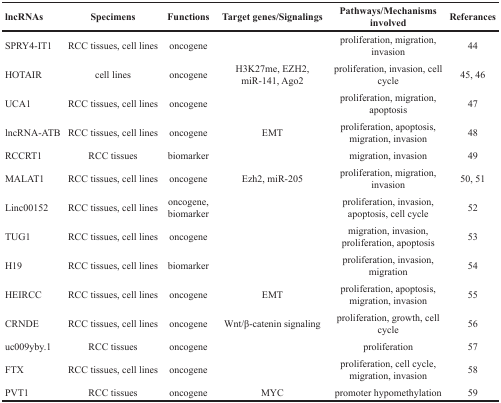
<table><thead><tr><td><b>lncRNAs</b></td><td><b>Specimens</b></td><td><b>Functions</b></td><td><b>Target genes/Signalings</b></td><td><b>Pathways/Mechanisms involved</b></td><td><b>Referances</b></td></tr></thead><tbody><tr><td>SPRY4-IT1</td><td>RCC tissues, cell lines</td><td>oncogene</td><td></td><td>proliferation, migration, invasion</td><td>44</td></tr><tr><td>HOTAIR</td><td>cell lines</td><td>oncogene</td><td>H3K27me, EZH2, miR-141, Ago2</td><td>proliferation, invasion, cell cycle</td><td>45, 46</td></tr><tr><td>UCA1</td><td>RCC tissues, cell lines</td><td>oncogene</td><td></td><td>proliferation, migration, apoptosis</td><td>47</td></tr><tr><td>lncRNA-ATB</td><td>RCC tissues, cell lines</td><td>oncogene</td><td>EMT</td><td>proliferation, apoptosis, migration, invasion</td><td>48</td></tr><tr><td>RCCRT1</td><td>RCC tissues</td><td>biomarker</td><td></td><td>migration, invasion</td><td>49</td></tr><tr><td>MALAT1</td><td>RCC tissues, cell lines</td><td>oncogene</td><td>Ezh2, miR-205</td><td>proliferation, migration, invasion</td><td>50, 51</td></tr><tr><td>Linc00152</td><td>RCC tissues, cell lines</td><td>oncogene, biomarker</td><td></td><td>proliferation, invasion, apoptosis, cell cycle</td><td>52</td></tr><tr><td>TUG1</td><td>RCC tissues, cell lines</td><td>oncogene</td><td></td><td>migration, invasion, proliferation, apoptosis</td><td>53</td></tr><tr><td>H19</td><td>RCC tissues, cell lines</td><td>biomarker</td><td></td><td>proliferation, invasion, migration</td><td>54</td></tr><tr><td>HEIRCC</td><td>RCC tissues, cell lines</td><td>oncogene</td><td>EMT</td><td>proliferation, apoptosis, migration, invasion</td><td>55</td></tr><tr><td>CRNDE</td><td>RCC tissues, cell lines</td><td>oncogene</td><td>Wnt/β-catenin signaling</td><td>proliferation, growth, cell cycle</td><td>56</td></tr><tr><td>uc009yby.1</td><td>RCC tissues</td><td>oncogene</td><td></td><td>proliferation</td><td>57</td></tr><tr><td>FTX</td><td>RCC tissues, cell lines</td><td>oncogene</td><td></td><td>proliferation, cell cycle, migration, invasion</td><td>58</td></tr><tr><td>PVT1</td><td>RCC tissues</td><td>oncogene</td><td>MYC</td><td>promoter hypomethylation</td><td>59</td></tr></tbody></table>